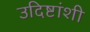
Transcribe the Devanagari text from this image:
उदिष्टांशी